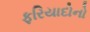
ફરિયાદોનો